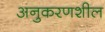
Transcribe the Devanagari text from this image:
अनुकरणशील